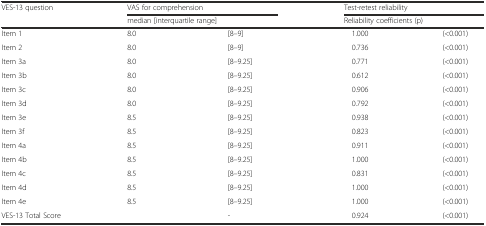
| <ROWSPAN=2> VES-13 question | <COLSPAN=2> VAS for comprehension | <COLSPAN=2> Test-retest reliability |
 | <COLSPAN=2> median [interquartile range] | <COLSPAN=2> Reliability coefficients (p) |
 | --- | --- | --- | --- | --- |
 | Item 1 | 8.0 | [8–9] | 1.000 | (<0.001) |
 | Item 2 | 8.0 | [8–9] | 0.736 | (<0.001) |
 | Item 3a | 8.0 | [8–9.25] | 0.771 | (<0.001) |
 | Item 3b | 8.0 | [8–9.25] | 0.612 | (<0.001) |
 | Item 3c | 8.0 | [8–9.25] | 0.906 | (<0.001) |
 | Item 3d | 8.0 | [8–9.25] | 0.792 | (<0.001) |
 | Item 3e | 8.5 | [8–9.25] | 0.938 | (<0.001) |
 | Item 3f | 8.5 | [8–9.25] | 0.823 | (<0.001) |
 | Item 4a | 8.5 | [8–9.25] | 0.911 | (<0.001) |
 | Item 4b | 8.5 | [8–9.25] | 1.000 | (<0.001) |
 | Item 4c | 8.5 | [8–9.25] | 0.831 | (<0.001) |
 | Item 4d | 8.5 | [8–9.25] | 1.000 | (<0.001) |
 | Item 4e | 8.5 | [8–9.25] | 1.000 | (<0.001) |
 | VES-13 Total Score |  | - | 0.924 | (<0.001) |